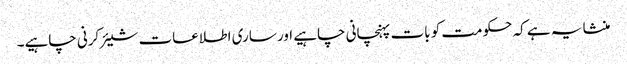
منشا یہ ہے کہ حکومت کو بات پہنچانی چاہیے اور ساری اطلاعات شیئر کرنی چاہیے۔